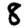
Digit: 8